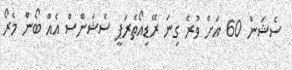
ސެޝަން 60 އަށް ވުރެ ގިނަ ރޭޑިއޯތެރަޕީ ސެޝަންސް އެއް ބޯން މެރޯ